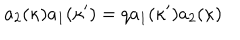
LaTeX: a _ { 2 } ( \kappa ) a _ { 1 } ( \kappa ^ { \prime } ) = q a _ { 1 } ( \kappa ^ { \prime } ) a _ { 2 } ( \kappa )